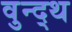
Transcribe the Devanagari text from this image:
वुन्द्थ